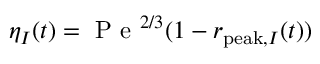
\eta _ { I } ( t ) = \mathrm { ~ P ~ e ~ } ^ { 2 / 3 } ( 1 - r _ { \mathrm { p e a k } , I } ( t ) )